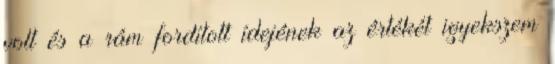
volt és a rám fordított ídejének az értékét igyekszem